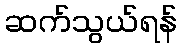
ဆက်သွယ်ရန်